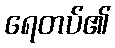
ရေတပ်၏